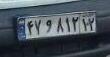
۴۷و۸۱۲۱۲